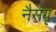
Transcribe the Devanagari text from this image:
नैसयू